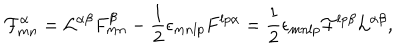
{ \cal F } _ { m n } ^ { \alpha } = { \cal L } ^ { \alpha \beta } F _ { m n } ^ { \beta } - { \frac { 1 } { 2 } } \epsilon _ { m n l p } F ^ { l p \alpha } = { \frac { 1 } { 2 } } \epsilon _ { m n l p } { \cal F } ^ { l p \beta } { \cal L } ^ { \alpha \beta } ,